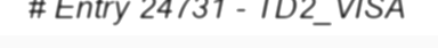
# Entry 24731 - TD2_VISA